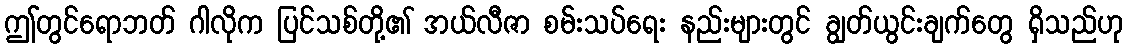
ဤတွင်ရောဘတ် ဂါလိုက ပြင်သစ်တို့၏ အယ်လီဇာ စမ်းသပ်ရေး နည်းများတွင် ချွတ်ယွင်းချက်တွေ ရှိသည်ဟု